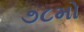
૭૮મો